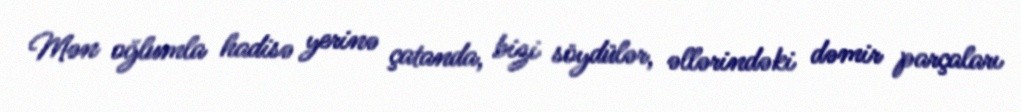
Mən oğlumla hadisə yerinə çatanda, bizi söydülər, əllərindəki dəmir parçaları